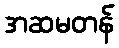
အဆမတန်